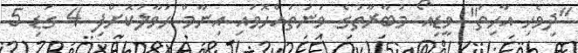
"ދިވެހި އާހިތަ" ވީޑިއޯ މުބާރާތުގެ ވަނަތައްހޮވައި އިނާމް ހަވާލުކޮށްފި 4 ގަޑި 5